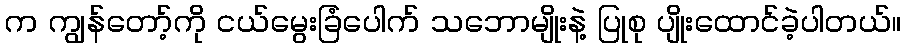
က ကျွန်တော့်ကို ငယ်မွေးခြံပေါက် သဘောမျိုးနဲ့ ပြုစု ပျိုးထောင်ခဲ့ပါတယ်။